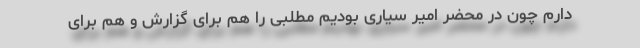
دارم چون در محضر امیر سیاری بودیم مطلبی را هم برای گزارش و هم برای